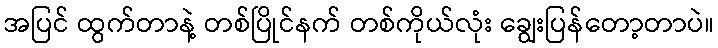
အပြင် ထွက်တာနဲ့ တစ်ပြိုင်နက် တစ်ကိုယ်လုံး ချွေးပြန်တော့တာပဲ။